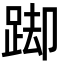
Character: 踋